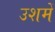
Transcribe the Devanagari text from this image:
उशमें